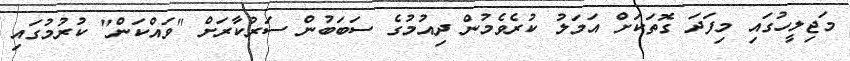
މަޖިލީހުގައި މިފަދަ ގޮތަކަށް އަމަލު ކުރެވެމުން ދިއުމުގެ ސަބަބުން ސަރުކާރަށް "ވައްކަން" ކުރުމުގައި